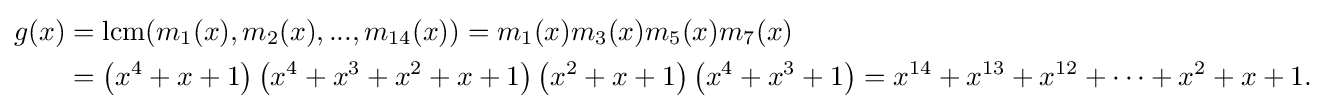
{\begin{aligned}g(x)&={\rm {lcm}}(m_{1}(x),m_{2}(x),...,m_{14}(x))=m_{1}(x)m_{3}(x)m_{5}(x)m_{7}(x)\\&=\left(x^{4}+x+1\right)\left(x^{4}+x^{3}+x^{2}+x+1\right)\left(x^{2}+x+1\right)\left(x^{4}+x^{3}+1\right)=x^{14}+x^{13}+x^{12}+\cdots +x^{2}+x+1.\end{aligned}}